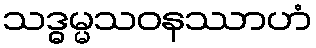
သဒ္ဓမ္မသဝနဿာဟံ